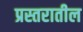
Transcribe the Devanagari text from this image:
प्रस्तरातील